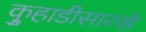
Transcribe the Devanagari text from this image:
कुर्‍हाडीसारखे